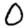
Digit: 0